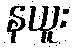
နယူး